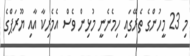
މި 23 މީހުންގެ ތެރޭގައި ހިމެނެނީ މުޅިން ވެސް އެމެރިކާ އާއި ޔޫރަޕްގެ